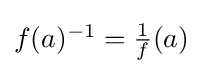
{\textstyle f(a)^{-1}={\tfrac {1}{f}}(a)}